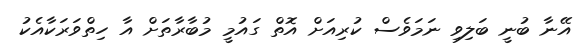
އޭނާ ބުނީ ބަލިވި ނަމަވެސް ކުރިއަށް އޮތް ގައުމީ މުބާރާތަށް އާ ހިތްވަރަކާއެކު